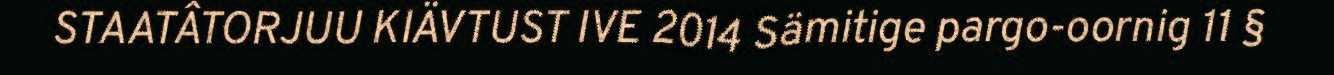
STAATÂTORJUU KIÄVTUST IVE 2014 Sämitige pargo-oornig 11 §